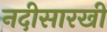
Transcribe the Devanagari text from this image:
नदीसारखी